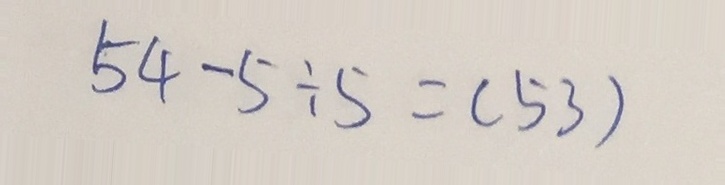
5 4 - 5 \div 5 = ( 5 3 )